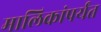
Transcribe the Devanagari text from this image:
मालिकांपर्यंत